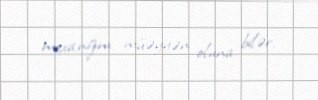
mexanizm müəyyən oluna bilər.